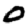
Digit: 0